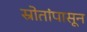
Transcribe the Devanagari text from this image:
स्रोतांपासून